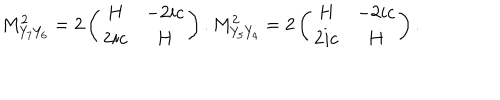
M _ { Y _ { 7 } Y _ { 6 } } ^ { 2 } = 2 \left( \begin{array} { c c } { { H } } & { { - 2 i c } } \\ { { 2 i c } } & { { H } } \\ \end{array} \right) . M _ { Y _ { 5 } Y _ { 4 } } ^ { 2 } = 2 \left( \begin{array} { c c } { { H } } & { { - 2 i c } } \\ { { 2 i c } } & { { H } } \\ \end{array} \right) .